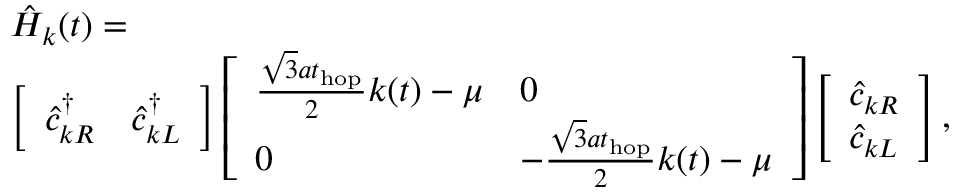
\begin{array} { r l } & { \hat { H } _ { k } ( t ) = } \\ & { \left[ \begin{array} { l l } { \hat { c } _ { k R } ^ { \dagger } } & { \hat { c } _ { k L } ^ { \dagger } } \end{array} \right] \left[ \begin{array} { l l } { \frac { \sqrt { 3 } a t _ { \mathrm { h o p } } } { 2 } k ( t ) - \mu } & { 0 } \\ { 0 } & { - \frac { \sqrt { 3 } a t _ { \mathrm { h o p } } } { 2 } k ( t ) - \mu } \end{array} \right] \left[ \begin{array} { l } { \hat { c } _ { k R } } \\ { \hat { c } _ { k L } } \end{array} \right] , } \end{array}